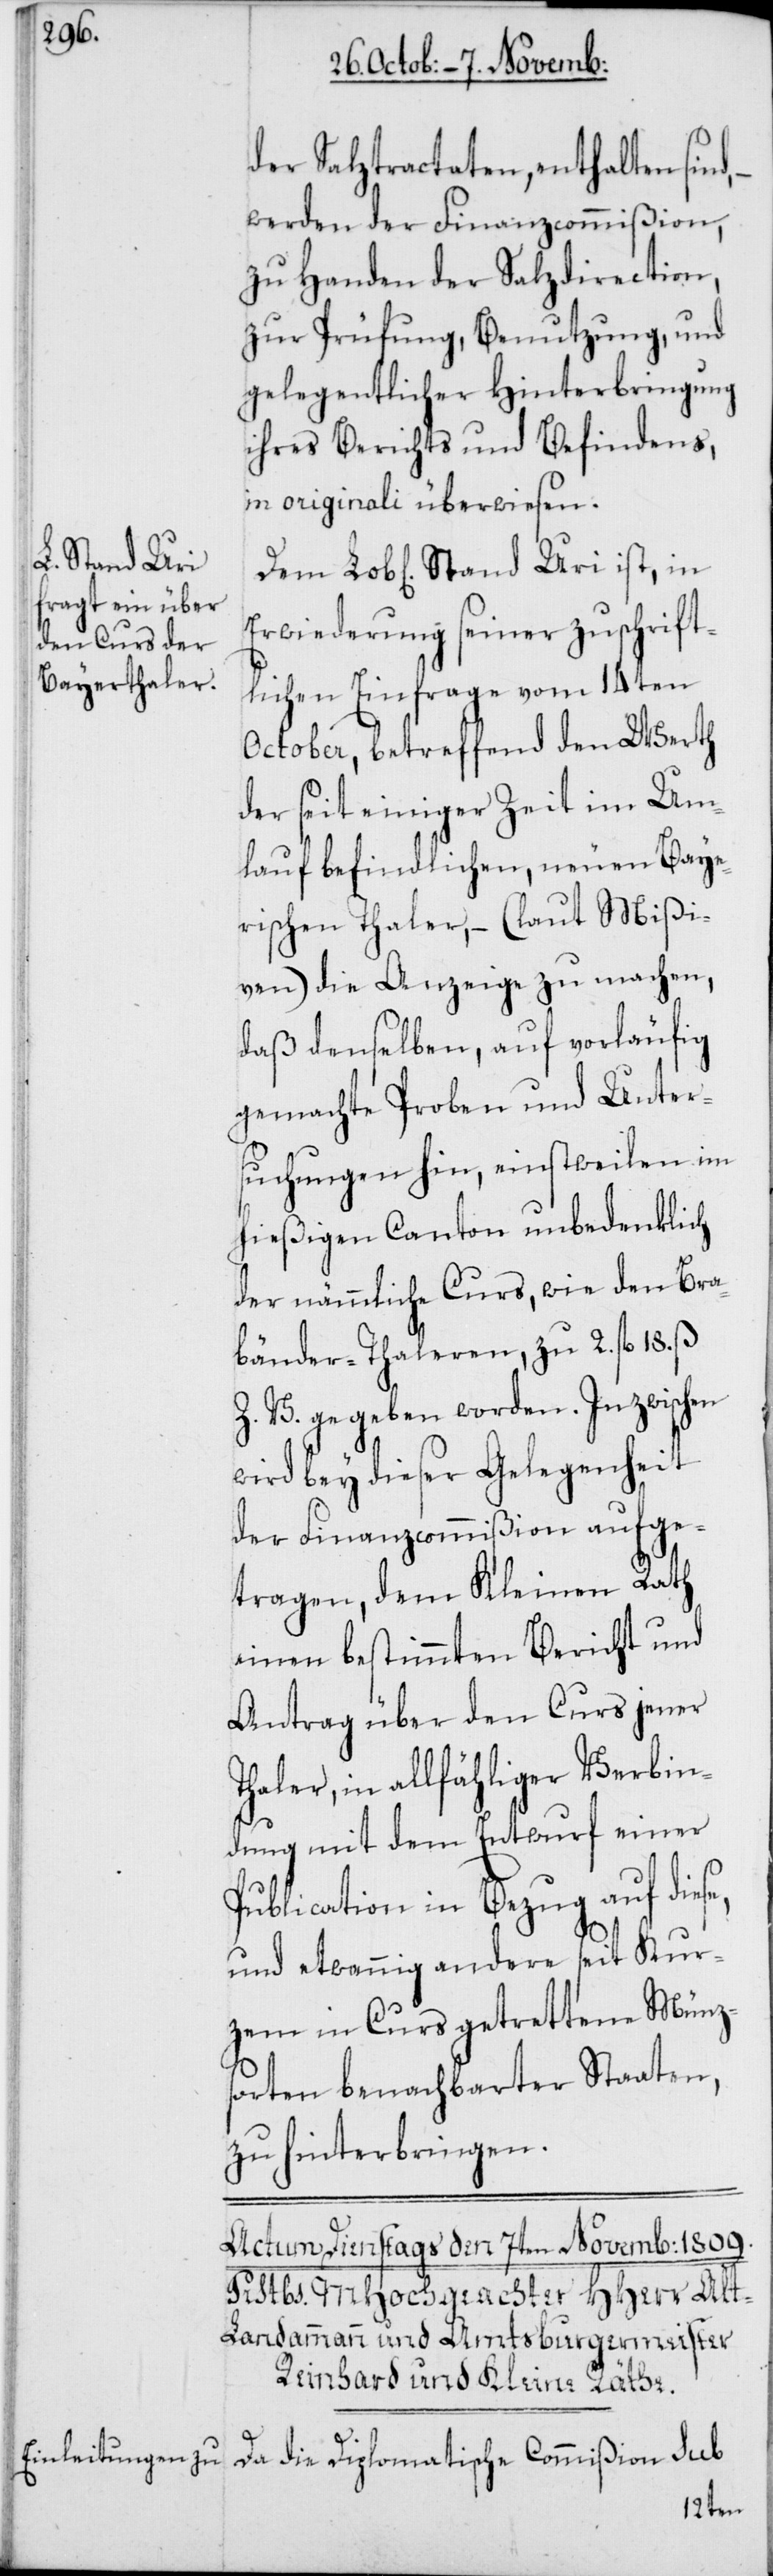
Stand Uri

der Salztractaten, enthalten sind,
werden der Finanzcommißion,
zu Handen der Salzdirection,
zur Prüfung, Benutzung und
gelegentlicher Hinterbringung
ihres Berichts und Befindens,
in originali überwiesen.
Erwiederung seiner zuschrift¬
lichen Einfrage vom 14ten
October, betreffend den Werth
der seit einiger Zeit im Um¬
lauf befindlichen, neuen Baye¬
rischen Thaler, – (laut Mißi¬
ven) die Anzeige zu machen,
daß denselben, auf vorläufig
gemachte Proben und Unter¬
suchungen hin, einstweilen im
hießigen Canton unbedenklich
der nämmliche Curs, wie den Bra¬
bänder-Thaleren zu 2. fl. 18. ß
Z. V. gegeben worden. Inzwischen
bey dieser Gelegenheit
der Finanzcommißion aufge¬
tragen, dem Kleinen Rath
einen bestimmten Bericht und
Antrag über den Curs jener
Thaler, in allfähliger Verbin¬
dung mit dem Entwurf einer
Publication in Bezug auf dies¬
und etwannig andere seit Kur¬
zem in Curs getrettenen Münz¬
sorten benachbarter Staaten,
zu hinterbringen.
Da die Diplomatische Commißion sub
e,